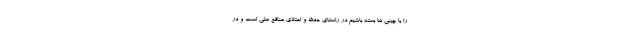
را با چینی ها بسته باشیم در راستای حفظ و اعتلای منافع ملی است و در